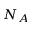
N _ { A }